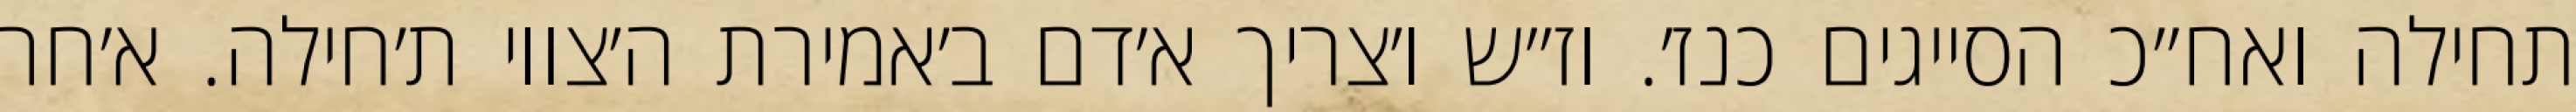
תחילה ואח״כ הסייגים כנז׳. וז״ש ו׳צריך א׳דם ב׳אמירת ה׳צווי ת׳חילה. א׳חר